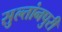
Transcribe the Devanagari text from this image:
सुल्तांनपुरी